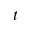
t